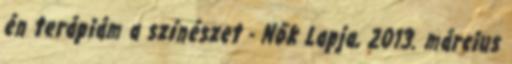
én terápiám a színészet - Nők Lapja, 2013. március